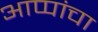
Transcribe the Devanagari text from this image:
आप्पांचा